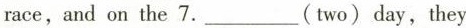
race,and on the 7.___(two)day,they